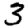
Digit: 3